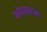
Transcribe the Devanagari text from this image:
ओक्क्हम